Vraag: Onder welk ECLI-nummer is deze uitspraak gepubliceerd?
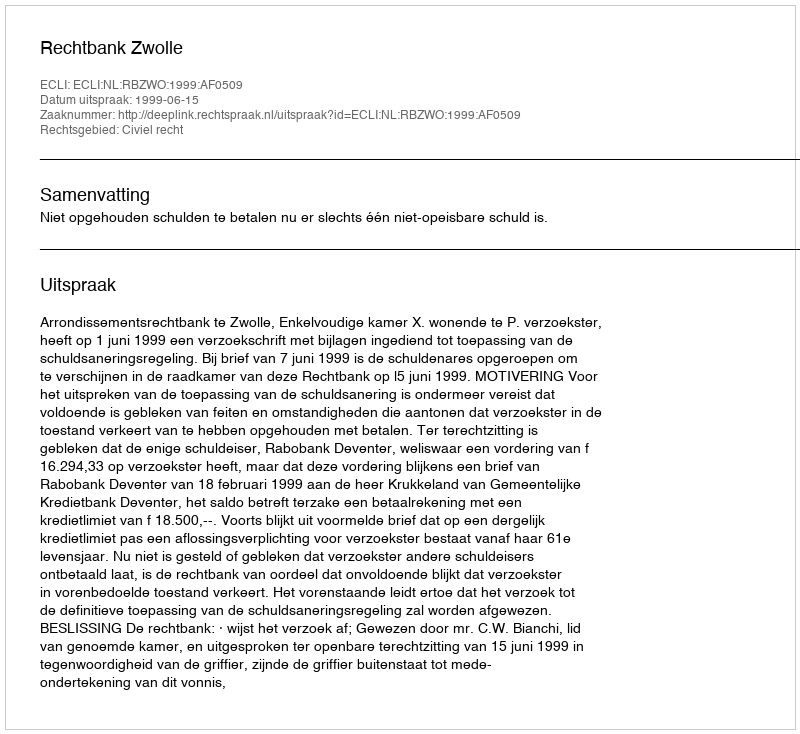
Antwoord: ECLI:NL:RBZWO:1999:AF0509